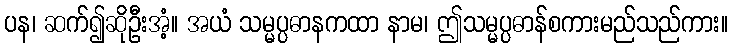
ပန၊ ဆက်၍ဆိုဦးအံ့။ အယံ သမ္မပ္ပဓာနကထာ နာမ၊ ဤသမ္မပ္ပဓာန်စကားမည်သည်ကား။